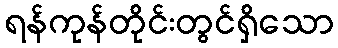
ရန်ကုန်တိုင်းတွင်ရှိသော